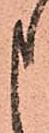
申